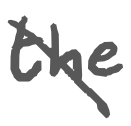
Text: the
Cross-out: diagonal
Writing tool: digital_gray